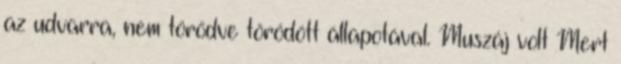
az udvarra, nem tö­rődve törődött állapotával. Muszáj volt Mert